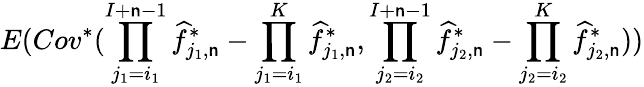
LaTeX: E(Cov^{*}(\prod_{j_{1}=i_{1}}^{I+\mathsf{n}-1}\widehat{f}_{j_{1},\mathsf{n}}^{*}-\prod_{j_{1}=i_{1}}^{K}\widehat{f}_{j_{1},\mathsf{n}}^{*},\prod_{j_{2}=i_{2}}^{I+\mathsf{n}-1}\widehat{f}_{j_{2},\mathsf{n}}^{*}-\prod_{j_{2}=i_{2}}^{K}\widehat{f}_{j_{2},\mathsf{n}}^{*}))